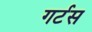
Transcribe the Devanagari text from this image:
गर्टस